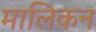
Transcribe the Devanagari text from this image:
मालिकन